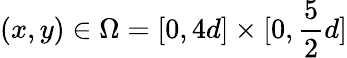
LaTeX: (x,y)\in\Omega=[0,4d]\times[0,\frac 52d]